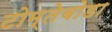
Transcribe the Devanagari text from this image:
टोम्तेबोडा